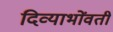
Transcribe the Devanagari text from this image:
दिव्याभोंवती